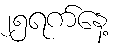
၂၅ရက်နေ့